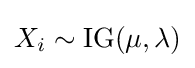
X_{i}\sim \operatorname {IG} (\mu ,\lambda )